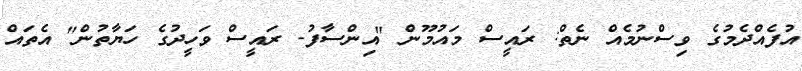
އުފެއްދެމުގެ ވިސްނުމެއް ނެތް: ރައީސް މައުމޫން "އިންސާފު- ރައީސް ވަހީދުގެ ހަޔާތުން" އެތަައް